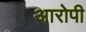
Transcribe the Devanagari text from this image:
अारोपी